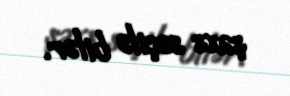
şəxs seçilə bilər.